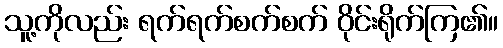
သူ့ကိုလည်း ရက်ရက်စက်စက် ဝိုင်းရိုက်ကြ၏။